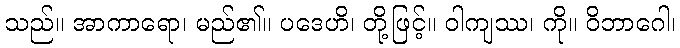
သည်။ အာကာရော၊ မည်၏။ ပဒေဟိ၊ တို့ဖြင့်။ ဝါကျဿ၊ ကို။ ဝိဘာဂေါ၊